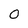
Character: 0